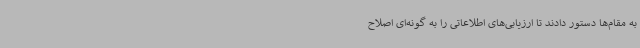
به مقام‌ها دستور دادند تا ارزیابی‌های اطلاعاتی را به گونه‌ای اصلاح